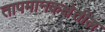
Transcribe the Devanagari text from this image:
तापमानकक्षेतील